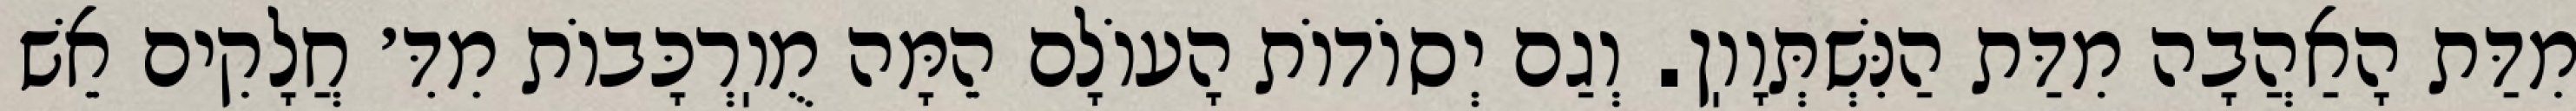
מִדַּת הָאַהֲבָה מִדַּת הַנִּשְׁתְּוָוֽן. וְגַם יְסוֹדוֹת הָעוֹלָם הֵמָּה מֻוֽרְכָּבוֹת מִדִּ׳ חֲלָקִים אֵשׁ